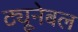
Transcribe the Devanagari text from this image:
ट्यूनेबल